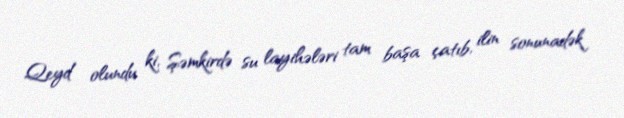
Qeyd olundu ki, Şəmkirdə su layihələri tam başa çatıb, ilin sonunadək